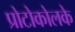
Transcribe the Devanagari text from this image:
प्रोटोकोलके